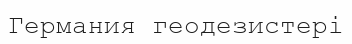
Германия геодезистері